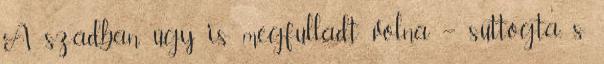
A szádban úgy is megfulladt volna – suttogta, s